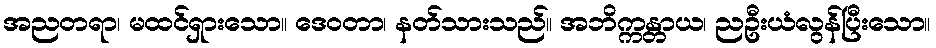
အညတရာ၊ မထင်ရှားသော။ ဒေဝတာ၊ နတ်သားသည်။ အဘိက္ကန္တာယ၊ ညဦးယံလွန်ပြီးသော။